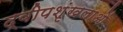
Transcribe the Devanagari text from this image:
द्वीपशृंखलाओं